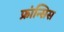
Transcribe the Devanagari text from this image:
फ्रांन्सिस